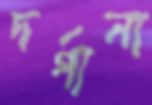
দর্গানা